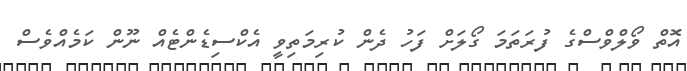
އޮތް ވޯލްވްސްގެ ފުރަތަމަ ގޯލަށް ފަހު ދެން ކުރިމަތިވީ އެކްސިޑެންޓެއް ނޫން ކަމެއްވެސް